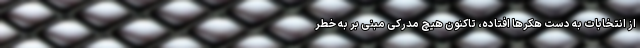
از انتخابات به دست هکرها افتاده، تاکنون هیچ مدرکی مبنی بر به خطر